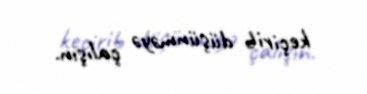
keçirib düşünməyə çalışın.